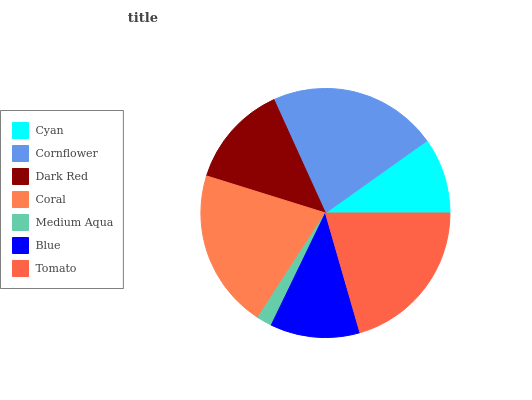
| Cyan | Cornflower | Dark Red | Coral | Medium Aqua | Blue | Tomato |
 | --- | --- | --- | --- | --- | --- | --- |
 | 9.83% | 22% | 13.4% | 20.7% | 1.97% | 11.6% | 20.5% |